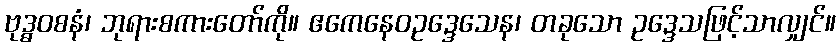
ဗုဒ္ဓဝစနံ၊ ဘုရားစကားတော်ကို။ ဧကေနေဝဥဒ္ဒေသေန၊ တခုသော ဥဒ္ဒေသဖြင့်သာလျှင်။